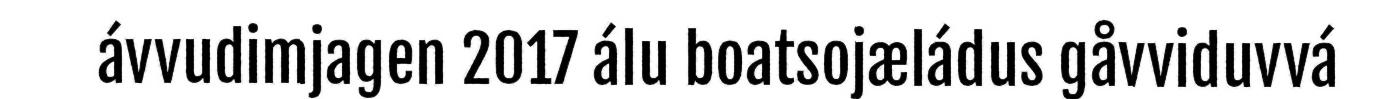
ávvudimjagen 2017 álu boatsojæládus gåvviduvvá